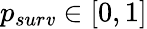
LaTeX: p_{sur\mathit{v}}\in[0,1]